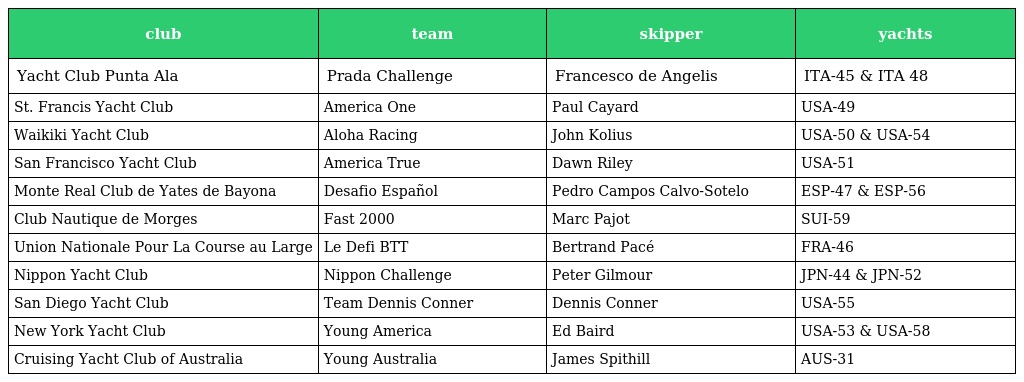
| club | team | skipper | yachts |
 | --- | --- | --- | --- |
 | Yacht Club Punta Ala | Prada Challenge | Francesco de Angelis | ITA-45 & ITA 48 |
 | St. Francis Yacht Club | America One | Paul Cayard | USA-49 |
 | Waikiki Yacht Club | Aloha Racing | John Kolius | USA-50 & USA-54 |
 | San Francisco Yacht Club | America True | Dawn Riley | USA-51 |
 | Monte Real Club de Yates de Bayona | Desafio Español | Pedro Campos Calvo-Sotelo | ESP-47 & ESP-56 |
 | Club Nautique de Morges | Fast 2000 | Marc Pajot | SUI-59 |
 | Union Nationale Pour La Course au Large | Le Defi BTT | Bertrand Pacé | FRA-46 |
 | Nippon Yacht Club | Nippon Challenge | Peter Gilmour | JPN-44 & JPN-52 |
 | San Diego Yacht Club | Team Dennis Conner | Dennis Conner | USA-55 |
 | New York Yacht Club | Young America | Ed Baird | USA-53 & USA-58 |
 | Cruising Yacht Club of Australia | Young Australia | James Spithill | AUS-31 |